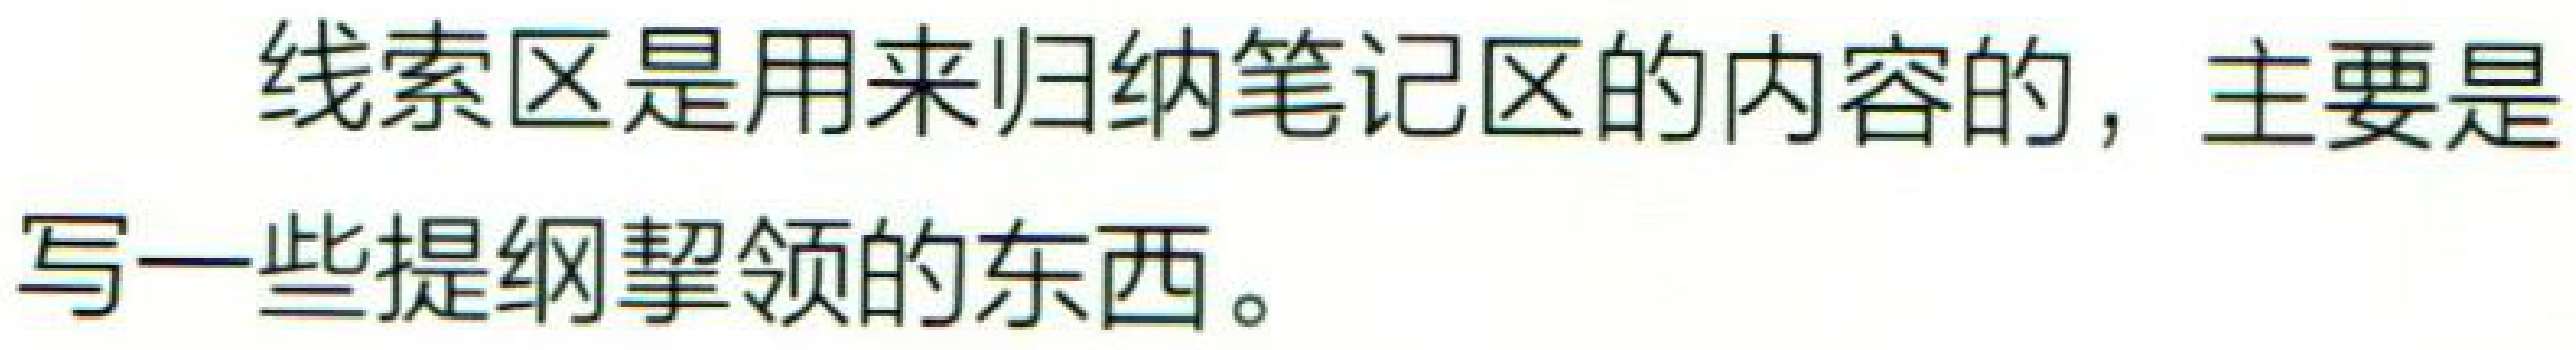
线索区是用来归纳笔记区的内容的，主要是写一些提纲挈领的东西。